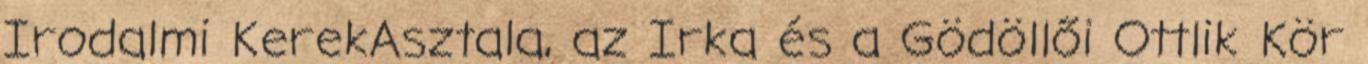
Irodalmi KerekAsztala, az Irka és a Gödöllői Ottlik Kör